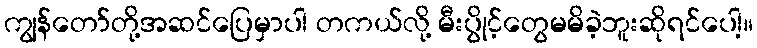
ကျွန်တော်တို့အဆင်ပြေမှာပါ တကယ်လို့ မီးပွိုင့်တွေမမိခဲ့ဘူးဆိုရင်ပေါ့။